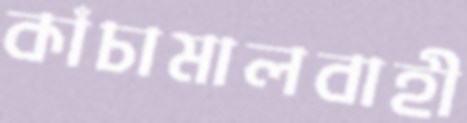
কাঁচামালবাহী